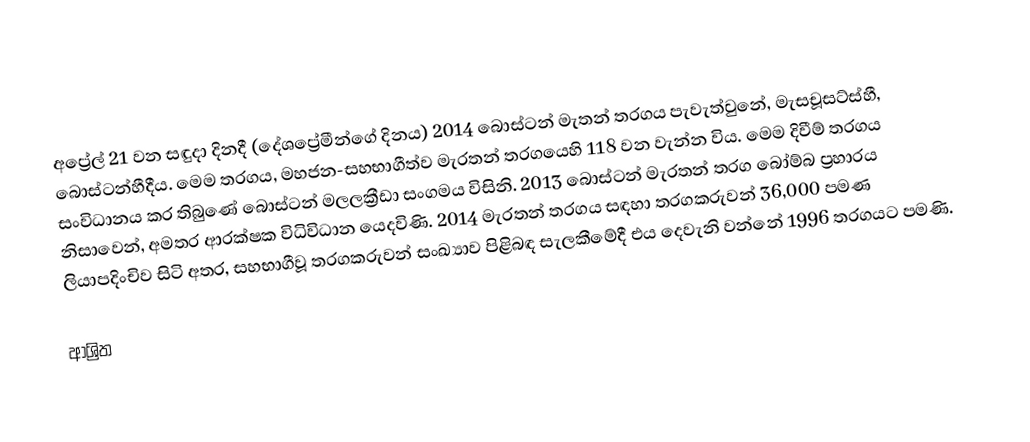
අප්‍රේල් 21 වන සඳුදා දිනදී  (දේශප්‍රේමීන්ගේ දිනය)  2014 බොස්ටන් මැතන් තරගය පැවැත්වුනේ,   මැසචූසට්ස්හී, බොස්ටන්හීදීය.  මෙම තරගය,  මහජන-සහභාගීත්ව මැරතන් තරගයෙහි 118 වන වැන්න විය. මෙම දිවීම් තරගය සංවිධානය කර තිබුණේ  බොස්ටන් මලලක්‍රීඩා සංගමය විසිනි. 2013 බොස්ටන් මැරතන් තරග බෝම්බ ප්‍රහාරය නිසාවෙන්, අමතර ආරක්ෂක විධිවිධාන යෙදවිණි. 2014 මැරතන් තරගය සඳහා තරගකරුවන් 36,000 පමණ ලියාපදිංචිව සිටි අතර, සහභාගීවූ තරගකරුවන් සංඛ්‍යාව  පිළිබඳ සැලකීමේදී එය දෙවැනි වන්නේ  1996 තරගයට පමණි.

ආශ්‍රිත